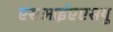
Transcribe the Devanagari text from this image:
एसआईएएसयू